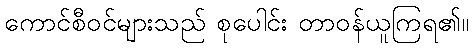
ကောင်စီဝင်များသည် စုပေါင်း တာဝန်ယူကြရ၏။